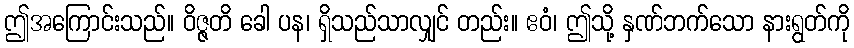
ဤအကြောင်းသည်။ ဝိဇ္ဇတိ ခေါ ပန၊ ရှိသည်သာလျှင် တည်း။ ဧဝံ၊ ဤသို့ နှဏ်ဘက်သော နားရွတ်ကို